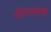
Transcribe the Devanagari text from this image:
वीरलक्ष्मी